Elephants and their diseases
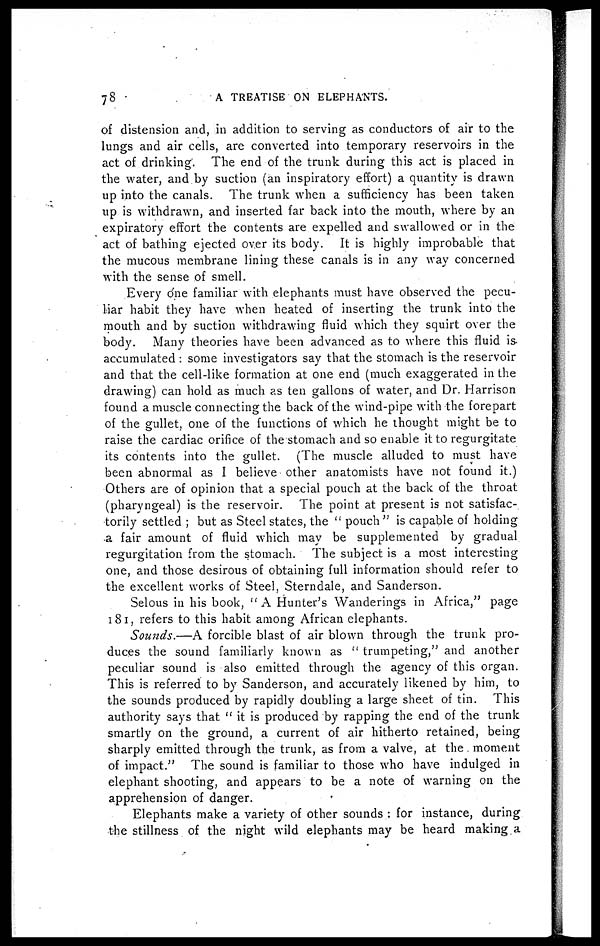
78
A TREATISE ON ELEPHANTS.
of distension and, in addition to serving as conductors of air to the
lungs and air cells, are converted into temporary reservoirs in the
act of drinking. The end of the trunk during this act is placed in
the water, and by suction (an inspiratory effort) a quantity is drawn
up into the canals. The trunk when a sufficiency has been taken
up is withdrawn, and inserted far back into the mouth, where by an
expiratory effort the contents are expelled and swallowed or in the
act of bathing ejected over its body. It is highly improbable that
the mucous membrane lining these canals is in any way concerned
with the sense of smell.
Every one familiar with elephants must have observed the pecu¬
liar habit they have when heated of inserting the trunk into the
mouth and by suction withdrawing fluid which they squirt over the
body. Many theories have been advanced as to where this fluid is
accumulated : some investigators say that the stomach is the reservoir
and that the cell-like formation at one end (much exaggerated in the
drawing) can hold as much as ten gallons of water, and Dr. Harrison
found a muscle connecting the back of the wind-pipe with the forepart
of the gullet, one of the functions of which he thought might be to
raise the cardiac orifice of the stomach and so enable it to regurgitate
its contents into the gullet. (The muscle alluded to must have
been abnormal as I believe other anatomists have not found it.)
Others are of opinion that a special pouch at the back of the throat
(pharyngeal) is the reservoir. The point at present is not satisfac¬
torily settled ; but as Steel states, the " pouch " is capable of holding
a fair amount of fluid which may be supplemented by gradual
regurgitation from the stomach. The subject is a most interesting
one, and those desirous of obtaining full information should refer to
the excellent works of Steel, Sterndale, and Sanderson.
Selous in his book, "A Hunter's Wanderings in Africa," page
181, refers to this habit among African elephants.
Sounds.—A forcible blast of air blown through the trunk pro¬
duces the sound familiarly known as " trumpeting," and another
peculiar sound is also emitted through the agency of this organ.
This is referred to by Sanderson, and accurately likened by him, to
the sounds produced by rapidly doubling a large sheet of tin. This
authority says that " it is produced by rapping the end of the trunk
smartly on the ground, a current of air hitherto retained, being
sharply emitted through the trunk, as from a valve, at the moment
of impact." The sound is familiar to those who have indulged in
elephant shooting, and appears to be a note of warning on the
apprehension of danger.
Elephants make a variety of other sounds : for instance, during
the stillness of the night wild elephants may be heard making a